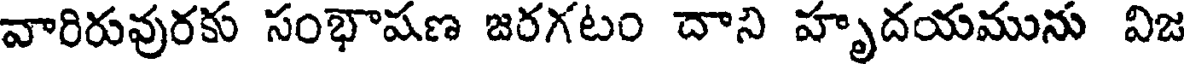
వారిరువురకు సంభాషణ జరగటం దాని హృదయమును విజ